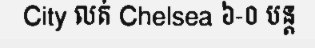
City លត់ Chelsea ៦-០ បន្ត